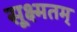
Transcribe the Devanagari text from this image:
सूक्ष्मतम्